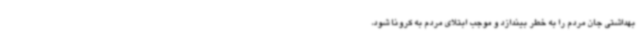
بهداشتی جان مردم را به خطر بیندازد و موجب ابتلای مردم به کرونا شود،